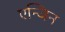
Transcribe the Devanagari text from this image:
एन्जिन